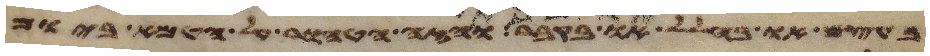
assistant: בעצם או בחלל או במת או בקבר והזה הטהור על הטמא ביום